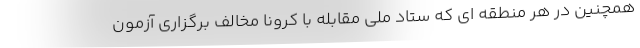
همچنین در هر منطقه ای که ستاد ملی مقابله با کرونا مخالف برگزاری آزمون